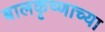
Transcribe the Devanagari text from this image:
बालकृष्णाच्या